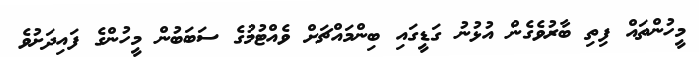
މީހުންތައް ފިތި ބާރުވެގެން އުޅުނު ގަޑީގައި ބިންމައްޗަށް ވެއްޓުމުގެ ސަބަބުން މީހުންގެ ފައިދަށުވެ